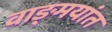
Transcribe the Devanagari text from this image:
वाङ्‌मयांत